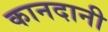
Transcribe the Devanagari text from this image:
कानदानी